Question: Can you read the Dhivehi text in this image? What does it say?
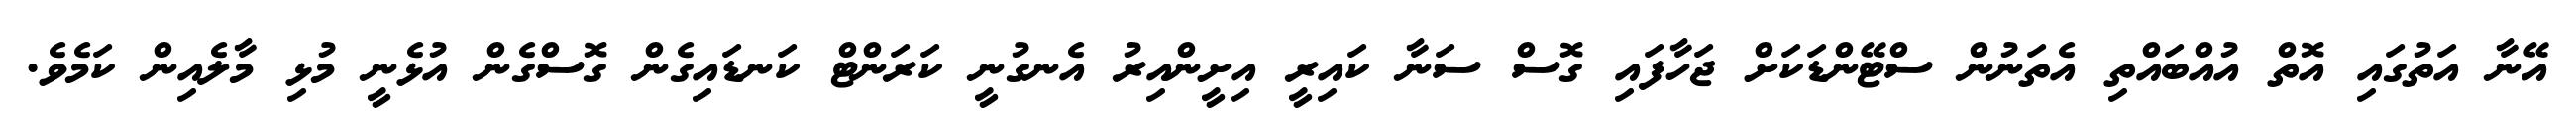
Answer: އޭނާ އަތުގައި އޮތް އުއްބައްތި އެތަނުން ސްޓޭންޑަކަށް ޖަހާފައި ގޮސް ސަނާ ކައިރީ އިށީންއިރު އެނގުނީ ކަރަންޓް ކަނޑައިގެން ގޮސްގެން އުޅެނީ މުޅި މާލެއިން ކަމެވެ.